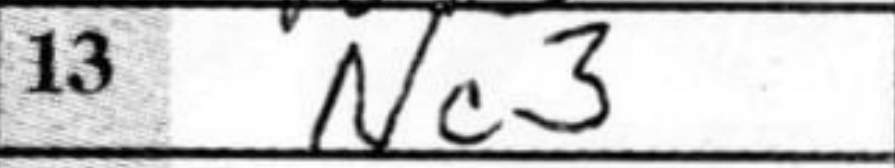
Transcription: Nc3